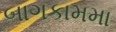
બાગકામમા